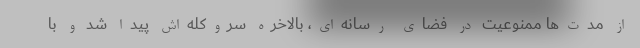
از مدت‌ها ممنوعیت در فضای رسانه‌ای، بالاخره سروکله‌اش پیدا شد و با